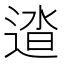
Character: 𨓬